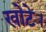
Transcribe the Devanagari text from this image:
खोटे।